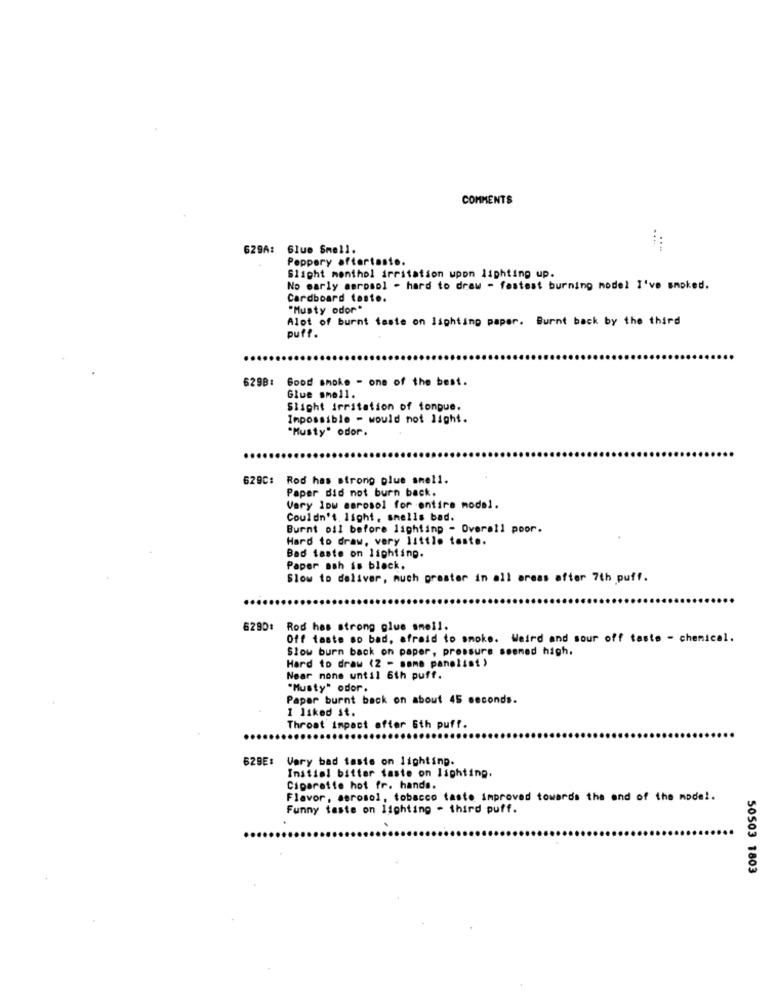
COMMENTS
629A: Glue Smell.
Peppery aftertaste.
Slight menthol irritation upon lighting up.
No early aerosol - hard to draw - fastest burning model I've smoked.
Cardboard tosto.
"Musty odor"
Alot of burnt taste on lighting paper. Burnt back by the third
puff.
6298: Good smoke - one of the best.
Glue smell.
Slight irritation of tongue.
Impossible - would not light.
"Musty" odor.
629C: Rod has strong plue smell.
Paper did not burn back.
Very low Borosol for entire model.
Couldn't light, smells bad.
Burnt oil before lighting - Overall poor.
Hard to draw, very little taste.
Bad taste on lighting.
Paper ash is block.
Slow to deliver, much prester in all areas after 7th puff.
6290:
Rod hes strong glue smell.
Off taste so bad, afraid to smoke. Weird and sour off taste - chemical.
Slow burn back on paper, pressure seened high.
Hard to draw (2 - same panelist )
Near none until 6th puff.
"Musty" odor.
Paper burnt back on about 45 seconds.
I liked st.
Throat impact ofter 6th puff.
629E: Very bad taste on lighting.
Initial bitter taste on lighting.
Cigarette hot fr. hands.
Flavor, aerosol, tobacco taste improved towards the end of the model.
Funny taste on lighting - third puff.
50503 1803